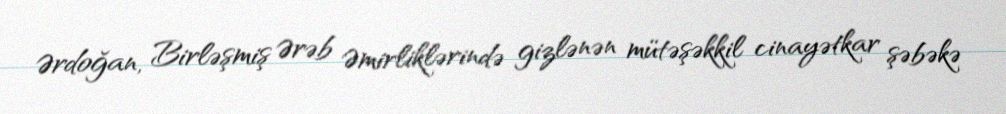
Ərdoğan, Birləşmiş Ərəb Əmirliklərində gizlənən mütəşəkkil cinayətkar şəbəkə